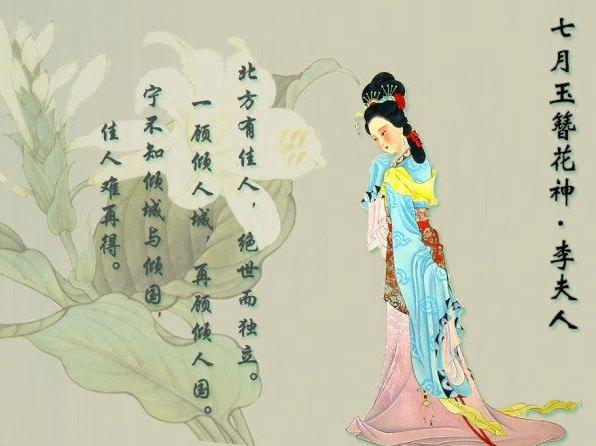
北方有佳人，绝世而独立。